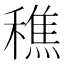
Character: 穛